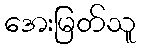
အေးမြတ်သူ